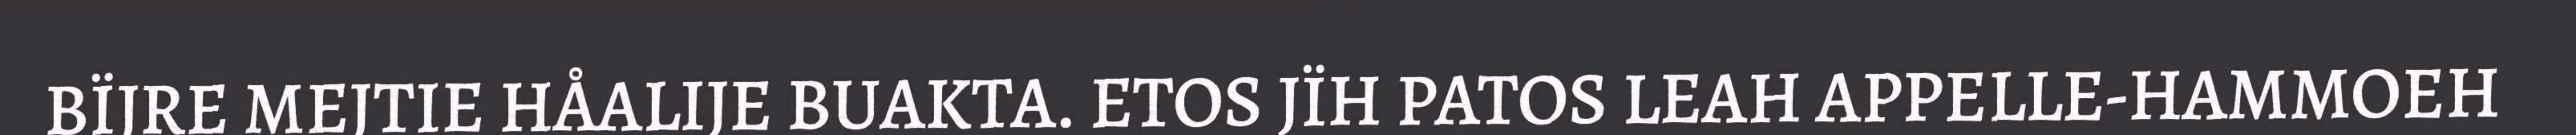
BÏJRE MEJTIE HÅALIJE BUAKTA. ETOS JÏH PATOS LEAH APPELLE-HAMMOEH